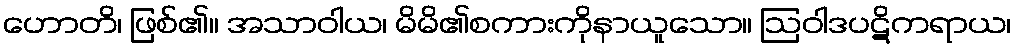
ဟောတိ၊ ဖြစ်၏။ အသာဝါယ၊ မိမိ၏စကားကိုနာယူသော။ ဩဝါဒပဋိကရာယ၊